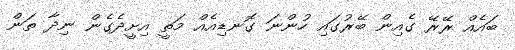
ބައެއް ރޭރޭ ގެއިން ބޭރުގައި ހުންނަ ގޮނޑިއެއް މަތީ އިށީދެގެން ނިދާ ތަން